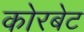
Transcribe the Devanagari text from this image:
कोरबेट